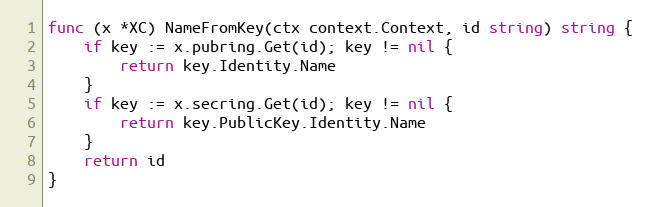
Language: Go
func (x *XC) NameFromKey(ctx context.Context, id string) string {
	if key := x.pubring.Get(id); key != nil {
		return key.Identity.Name
	}
	if key := x.secring.Get(id); key != nil {
		return key.PublicKey.Identity.Name
	}
	return id
}